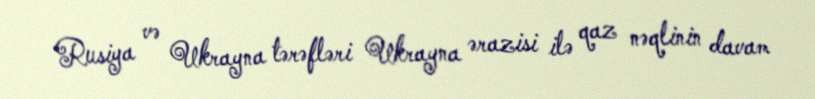
Rusiya və Ukrayna tərəfləri Ukrayna ərazisi ilə qaz nəqlinin davam